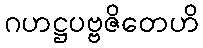
ဂဟဋ္ဌပဗ္ဗဇိတေဟိ